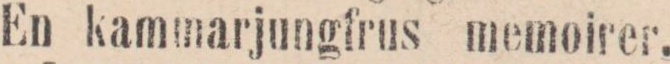
En kammarjungfrus memoirer.